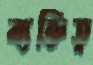
ব্যক্তিত্ব